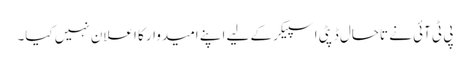
پی ٹی آئی نے تاحال ڈپٹی اسپیکر کے لیے اپنے امیدوار کا اعلان نہیں کیا۔